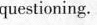
questioning。